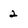
Character: 2